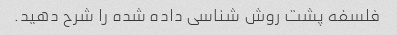
فلسفه پشت روش شناسی داده شده را شرح دهید.